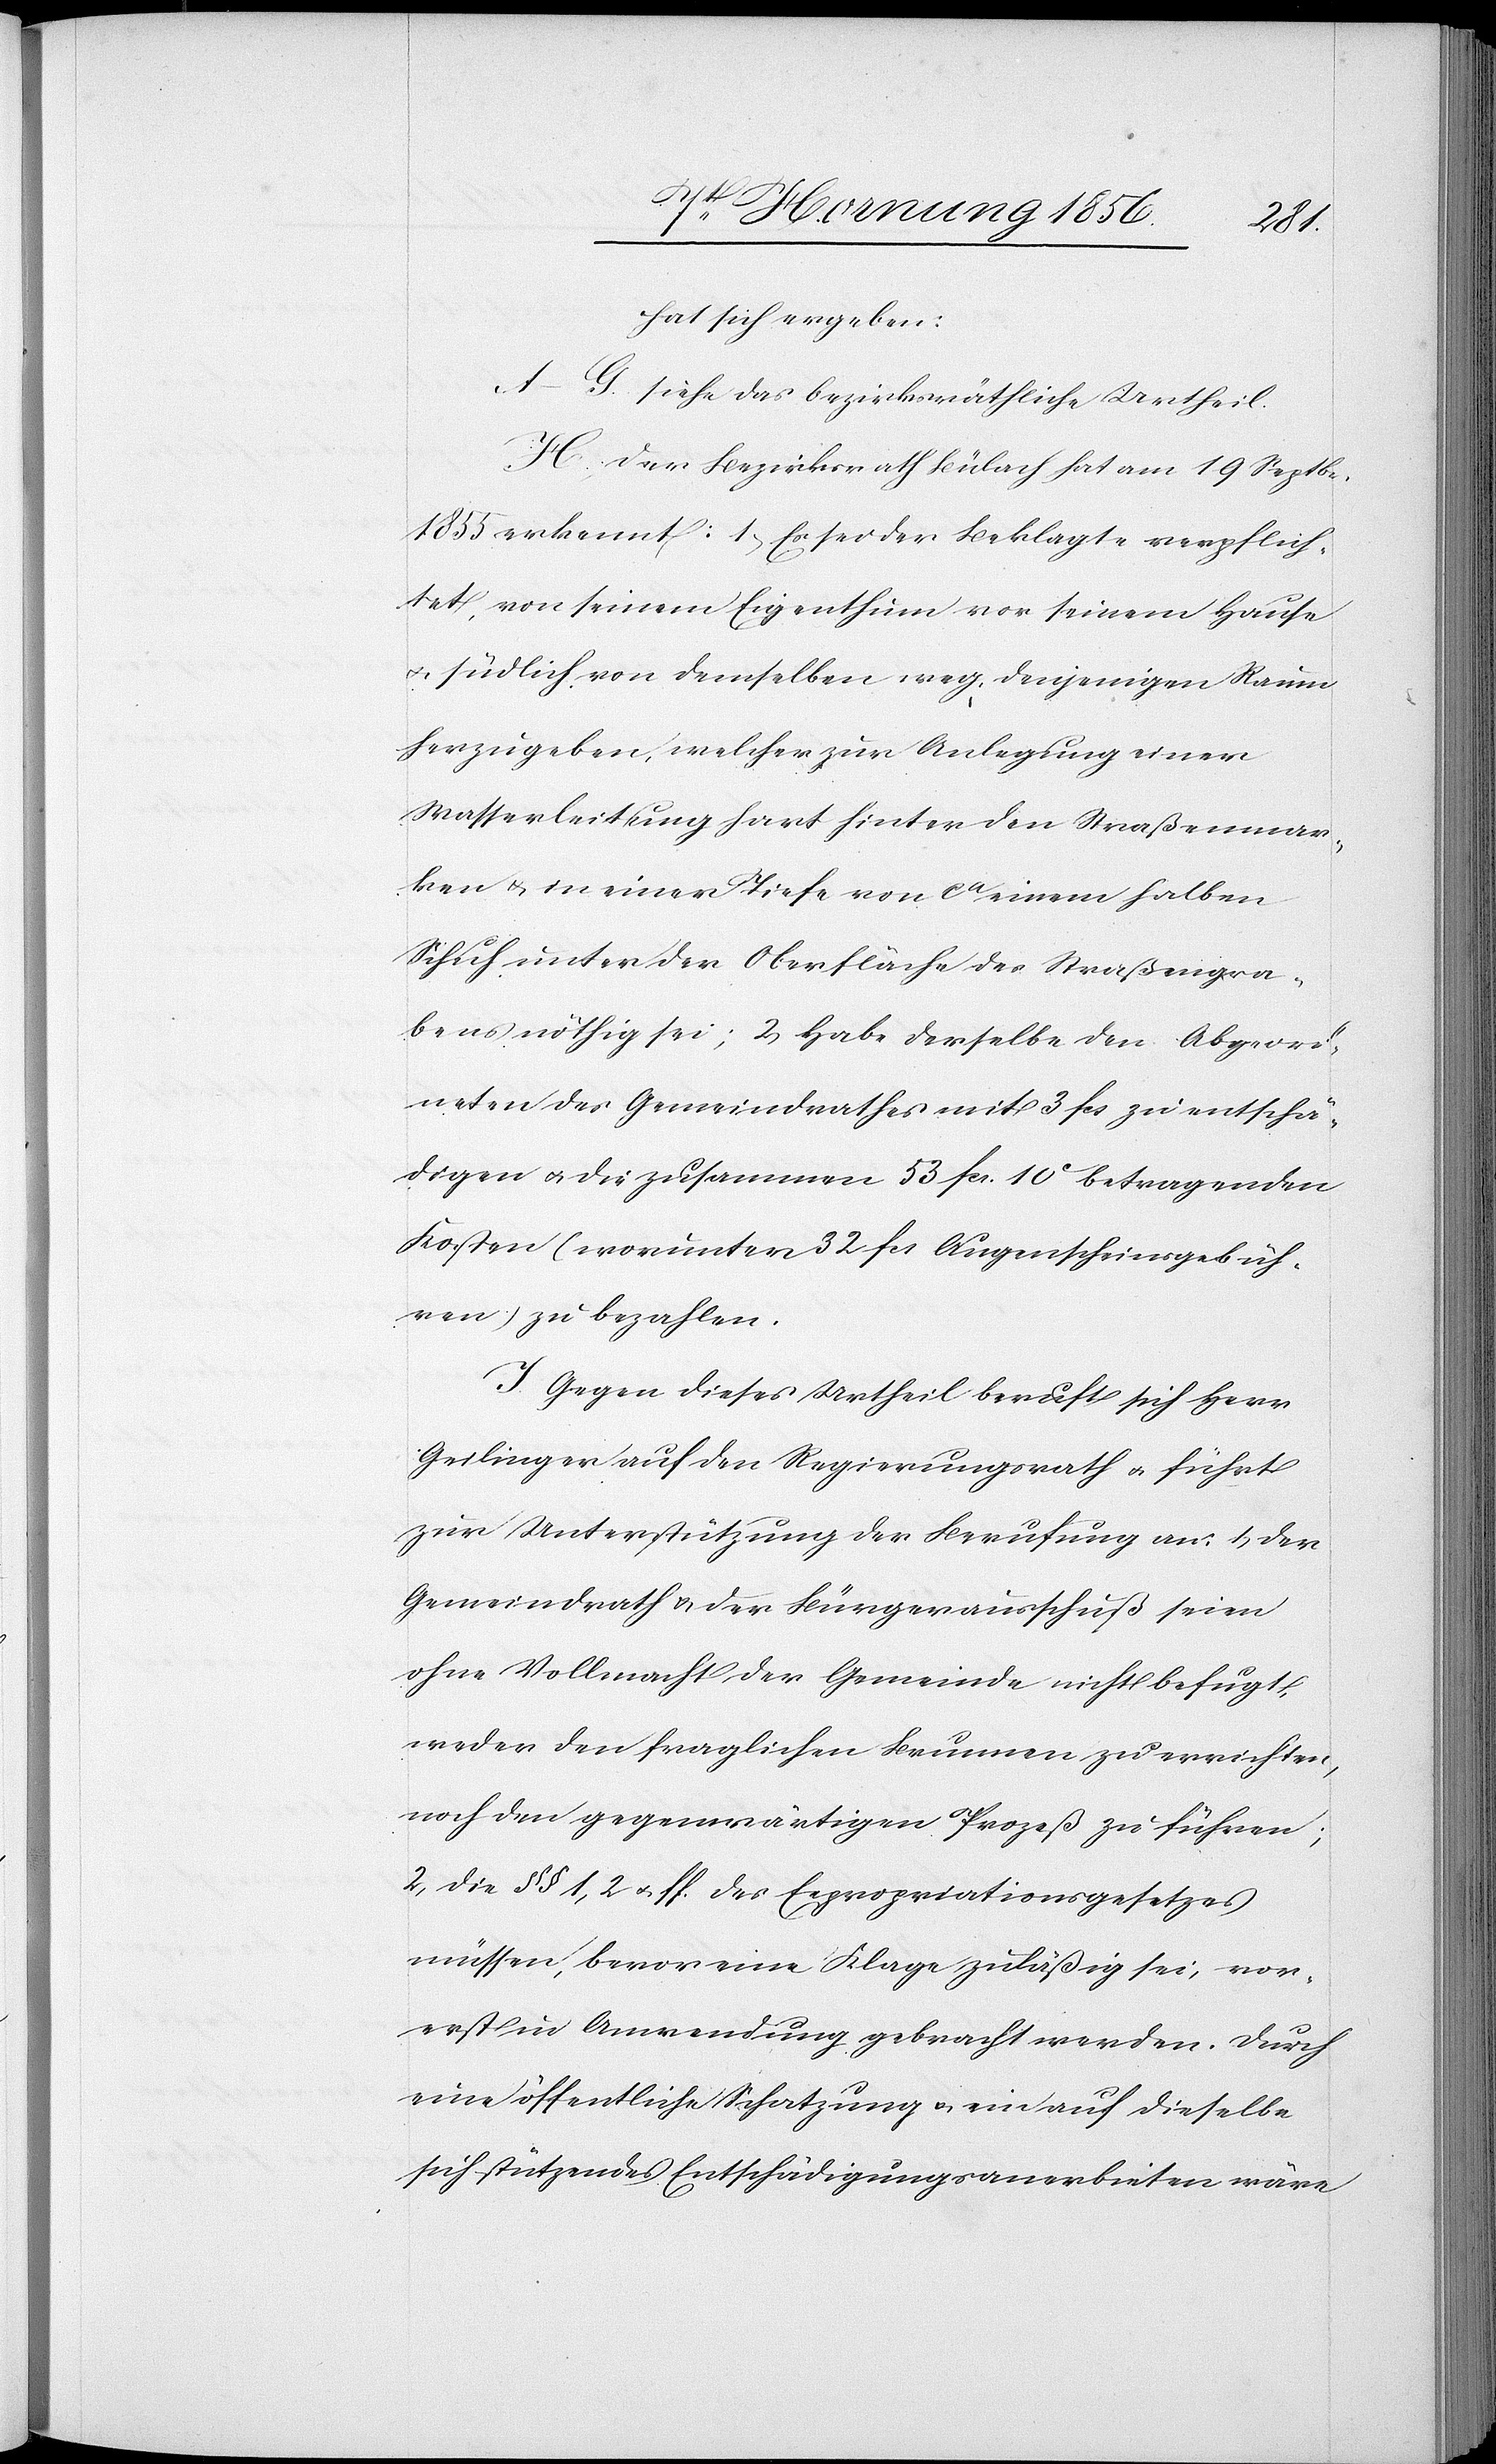
hat sich ergeben:
A–G. siehe das bezirksräthliche Urtheil.
H. Der Bezirksrath Bülach hat am 19 Septbr.
1855 erkennt: 1., Es sei der Beklagte verpflich¬
tet, von seinem Eigenthum vor seinem Hause
u. südlich von demselben weg, denjenigen Raum
herzugeben, welcher zur Anlegung einer
Wasserleitung hart hinter den Straßenmar¬
ken u. in einer Tiefe von ca einem halben
Schuh unter der Oberfläche des Straßengra¬
bens nöthig sei; 2, Habe derselbe den Abgeord¬
neten des Gemeindrathes mit 3 fcs zu entschä¬
digen u. die zusammen 53 fcs. 10c betragenden
Kosten (worunter 32 fcs Augenscheinsgebüh¬
ren) zu bezahlen.
I. Gegen dieses Urtheil beruft sich Herr
Geilinger auf den Regierungsrath u. führt
zur Unterstützung der Berufung an:
Gemeindrath u. der Bürgerausschuß seien
ohne Vollmacht der Gemeinde nicht befugt,
weder den fraglichen Brunnen zu errichten,
noch den gegenwärtigen Prozeß zu führen;
2[.], Die §§ 1, 2 u. s. f. des Expropriationsgesetzes
müssen, bevor eine Klage zuläßig sei, vor¬
erst in Anwendung gebracht werden. Durch
eine öffentliche Schatzung u. eine auf dieselbe
sich stützendes Entschädigungsanerbieten wäre